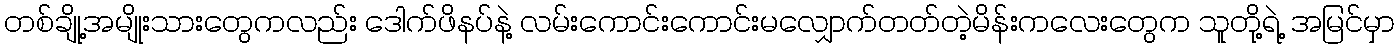
တစ်ချို့အမျိုးသားတွေကလည်း ဒေါက်ဖိနပ်နဲ့ လမ်းကောင်းကောင်းမလျှောက်တတ်တဲ့မိန်းကလေးတွေက သူတို့ရဲ့ အမြင်မှာ